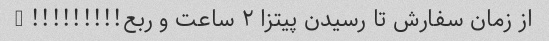
از زمان سفارش تا رسیدن پیتزا ۲ ساعت و ربع!!!!!!!!! @